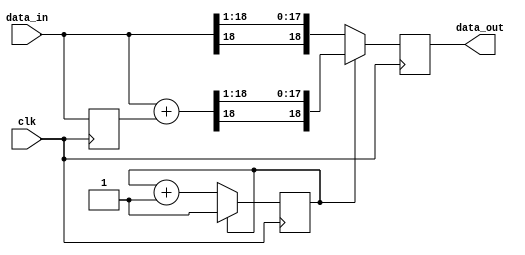
module Filter(clk, data_in, data_out);
// a1 = 1, a2 = 0, b1 = b2 = 0.5
// y(n) = (b1*x(n)+b2*x(n-1))/a1 = 0.5*(x(n)+ x(n-1))
  input clk;
  input signed [18:0] data_in;
  output reg signed [18:0] data_out;
  reg signed [18:0] temp;
  reg counter;
  initial
  begin
    counter = 0;
    temp = 111;
  end
  always @(posedge clk)
  begin
    if(counter == 0)
    begin
      data_out = data_in >>> 1;
      counter = counter + 1;
    end 
    else
    begin
      data_out = (data_in + temp) >>> 1;
    end
    temp = data_in;
  end
endmodule